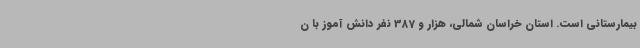
بیمارستانی است. استان خراسان شمالی، هزار و 387 نفر دانش آموز با ن